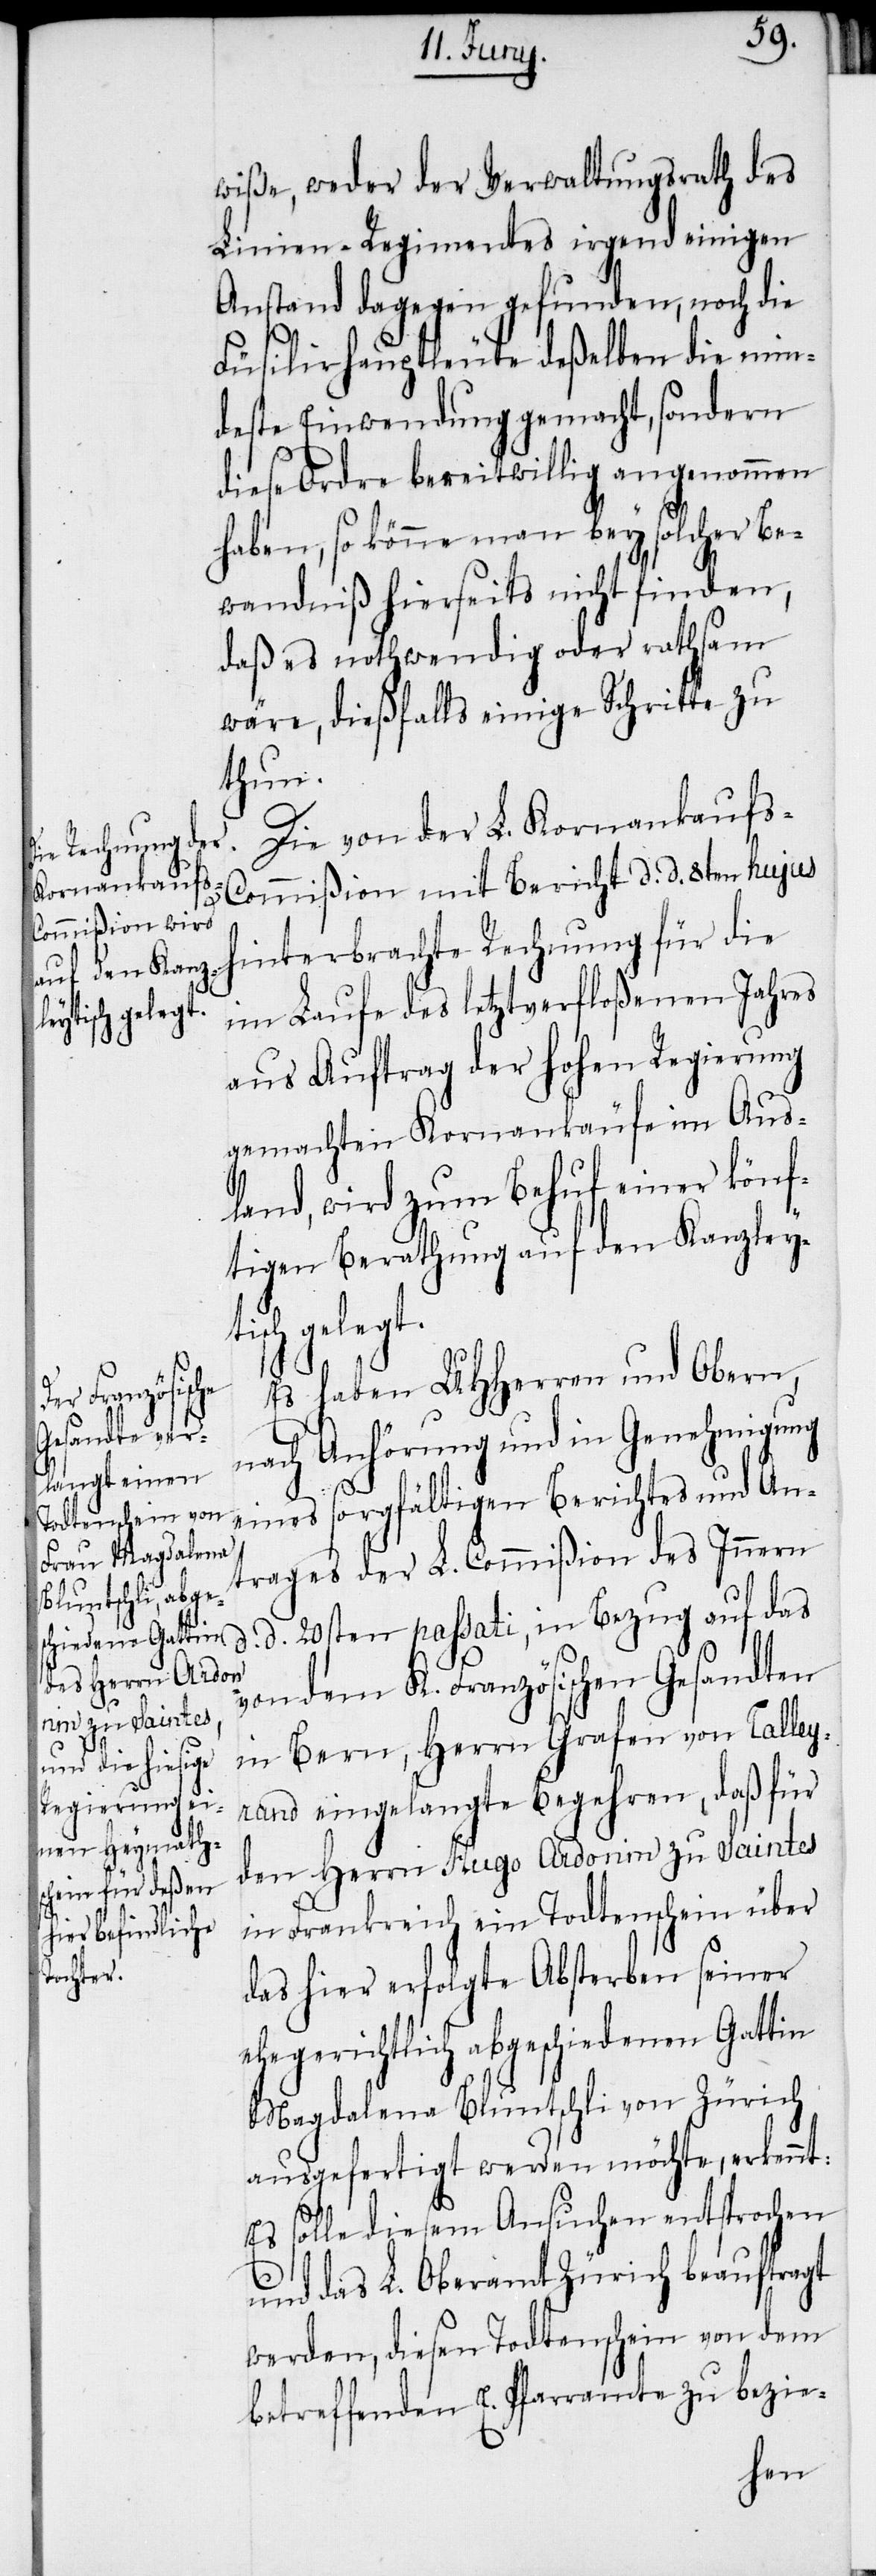
wiße, weder der Verwaltungsrath des
Linien-Regimentes irgend einigen
Anstand dagegen gefunden, noch die
Füsilirhauptleute deßelben die min¬
deste Einwendung gemacht, sondern
diese Ordre bereitwillig angenommen
haben, so könne man bey solcher Be¬
wandniß hierseits nicht finden,
daß es nothwendig oder rathsam
wäre, dießfalls einige Schritte zu
thun.
Die von der L. Kornankauf¬
ommißion mit Bericht d. d. 8ten hujus
hinterbrachte Rechnung für die
im Laufe des letztverfloßenen Jahres
aus Auftrag der hohen Regierung
gemachten Kornankäufe im Aus¬
land, wird zum Behuf einer könf¬
tigen Berathung auf den Kanzley¬
tisch gelegt.
Es haben UHHerren und Obern,
s-C¬
nach Anhörung und in Genehmigung
eines sorgfältigen Berichtes und An¬
trages der L. Commißion des Innern
d. 20sten passati, in Bezug auf das
den Herrn Hugo
von dem K. Französischen Gesandten
zu Saintes
in Bern, Herrn Grafen von Talley¬
rand eingelangte Begehren, daß für
in Frankreich ein Todtenschein über
das hier erfolgte Absterben seiner
ehegerichtlich abgeschiedenen Gattin
Magdalena Bluntschli von Zürich
ausgerfertigt werden möchte, erkennt:
d.
Es solle diesem Ansuchen entsprochen
und das L. Oberamt Zürich beauftragt
werden, diesen Todtenschein von dem
betreffenden E. Pfarramte zu bezie-